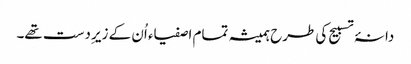
دانۂ تسبیح کی طرح ہمیشہ تمام اصفیاء اُن کے زیرِ دست تھے۔